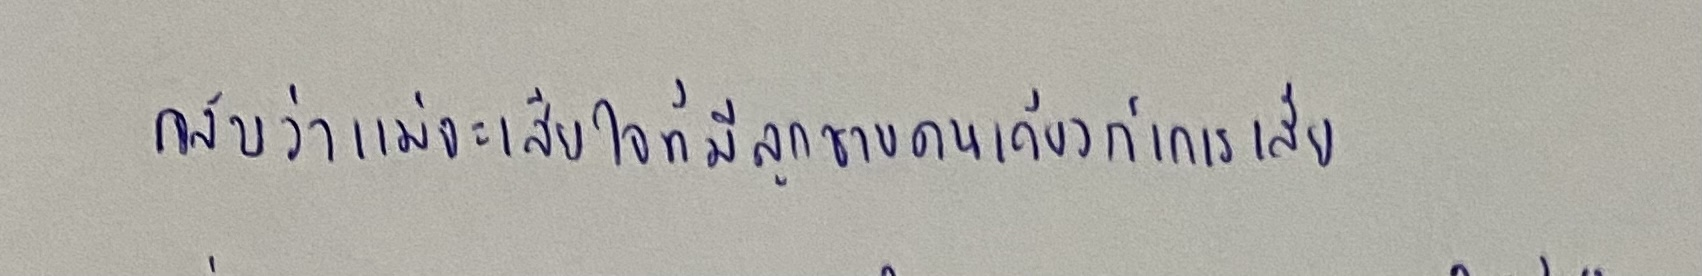
กลับว่าแม่จะเสียใจที่มีลูกชายคนเดียวก็เกเรเสีย